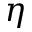
\eta